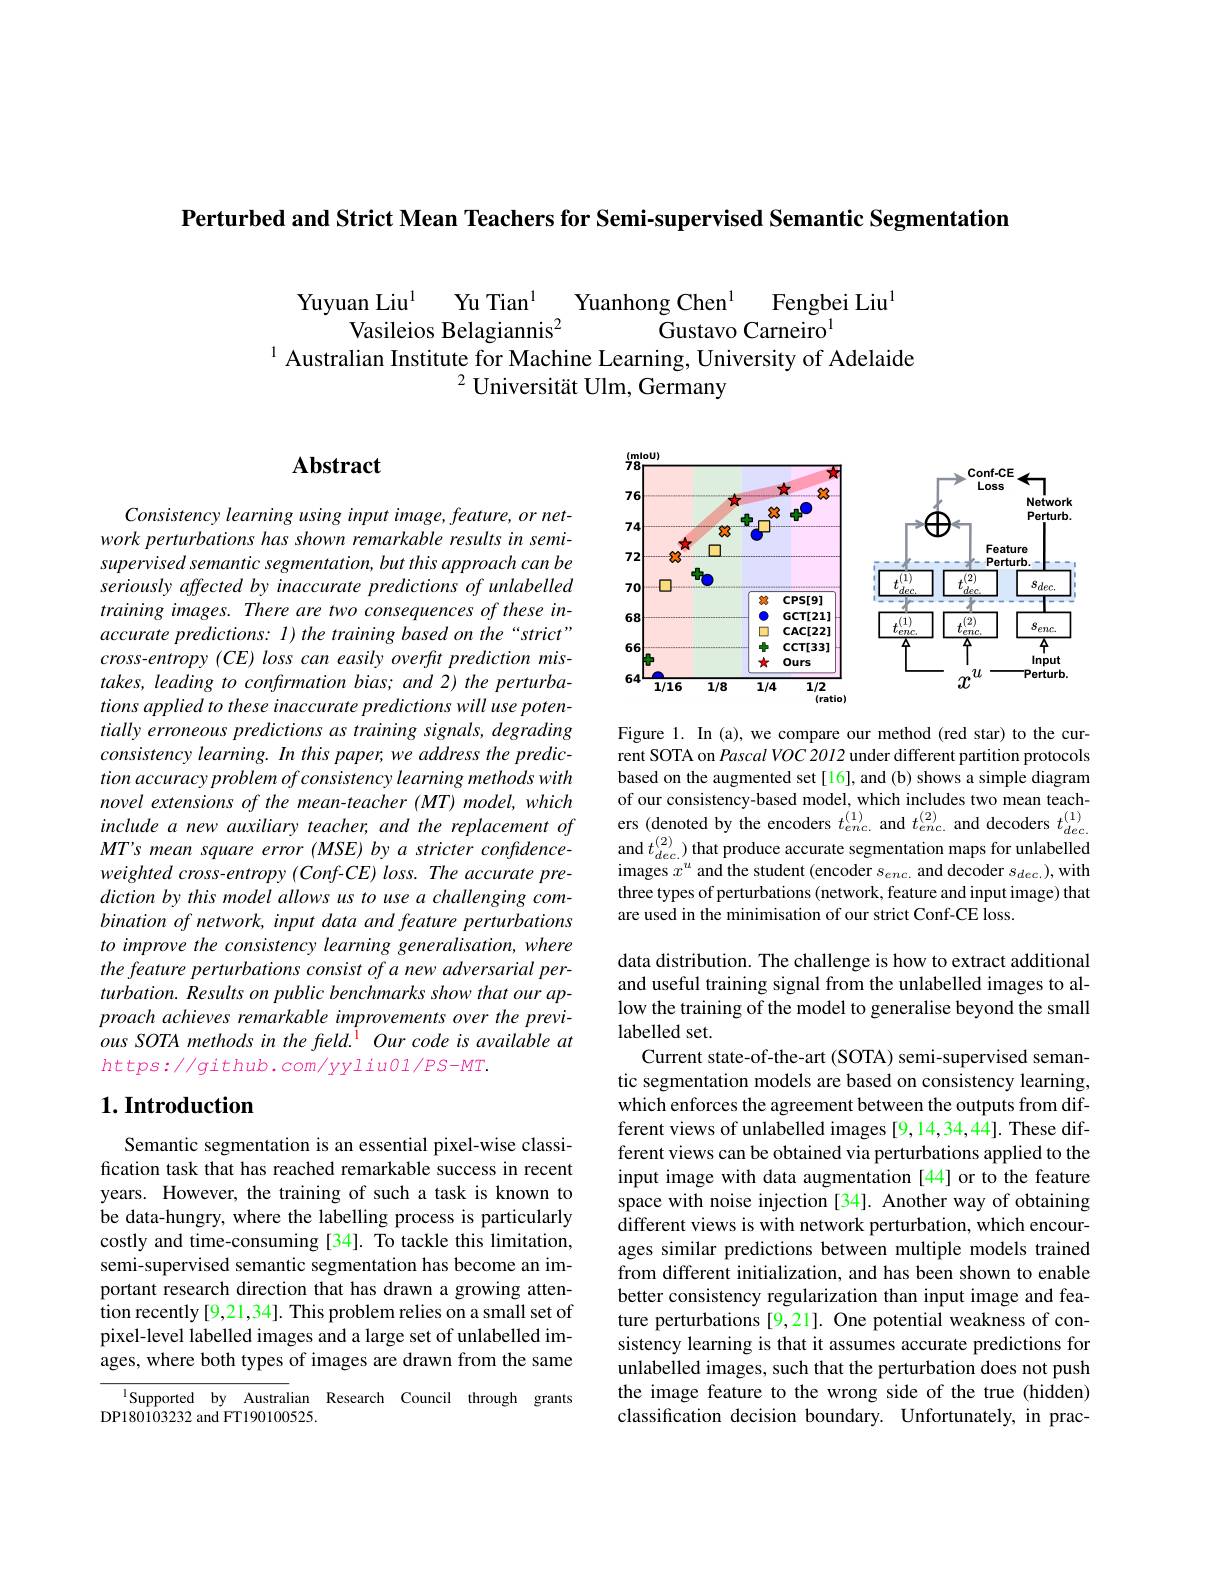
Perturbed and Strict Mean Teachers for Semi-supervised Semantic Segmentation

$\begin{array}{cc}\text{Yuyuan Liu}^{1}&\text{Yu Tian}^{1}&\text{Yuanhong Chen}^{1}&\text{Fengbei Liu}^{1}\\\text{Vasileios Belagiannis}^{2}&\text{Gustavo Carneiro}^{1}\end{array}$
$^{1}$ Australian Institute for Machine Learning, University of Adelaide
$^{2}$ Universität Ulm, Germany

## $\mathbf{Abstract}$

Consistency learning using input image, feature, or network perturbations has shown remarkable results in semisupervised semantic segmentation, but this approach can be seriously affected by inaccurate predictions of unlabelled training images. There are two consequences of these inaccurate predictions: I) the training based on the“strict” $cross- entropy( CE) \textit{loss can easily overfit prediction mis- }$ takes, leading to confrmation bias; and 2) the perturbations applied to these inaccurate predictions will use potentially erroneous predictions as training signals, degrading consistency learning. In this paper, we address the prediction accuracy problem of consistency learning methods with novel extensions of the mean-teacher (MT) model, which include a new auxiliary teacher, and the replacement of MT's mean square error (MSE) by a stricter confidenceweighted cross-entropy (Conf-CE) loss. The accurate prediction by this model allows us to use a challenging combination of network, input data and feature perturbations to improve the consistency learning generalisation, where the feature perturbations consist of a new adversarial perturbation. Results on public benchmarks show that our approach achieves remarkable improvements over the previousSOTA methods in the freld.$^\mathrm{i}$ Our code is available at $https://github.com/yyliu01/PS-MT.$

## $1. \textbf{Introduction}$

Semantic segmentation is an essential pixel-wise classification task that has reached remarkable success in recent years. However, the training of such a task is known to be data-hungry, where the labelling process is particularly costly and time-consuming [34]. To tackle this limitation, semi-supervised semantic segmentation has become an important research direction that has drawn a growing attention recently[9,21,34]. This problem relies on a small set of pixel-level labelled images and a large set of unlabelled images, where both types of images are drawn from the same

$^{\mathrm{l}}$Supported by Australian Research Council through grants
DP180103232 and FT190100525.

<FigureHere>

Figure 1. In (a), we compare our method (red star) to the current SOTA on Pascal VOC 2012 under different partition protocols based on the augmented set [16], and (b) shows a simple diagram of our consistency-based model, which includes two mean teachers (denoted by the encoders $t_{enc.}^{(1)}$ and $t_{enc.}^{(2)}$ and decoders $t_{dec.}^{(1)}$ and $t_{dec.}^{(2)})$ that produce accurate segmentation maps for unlabelled images $x^u$ and the student (encoder $s_enc.$ and decoder $s_dec.)$,with three types of perturbations (network, feature and input image) that are used in the minimisation of our strict Conf-CE loss.

data distribution. The challenge is how to extract additional and useful training signal from the unlabelled images to allow the training of the model to generalise beyond the small labelled set.
Current state-of-the-art (SOTA) semi-supervised semantic segmentation models are based on consistency learning, which enforces the agreement between the outputs from different views of unlabelled images [9,14,34,44]. These different views can be obtained via perturbations applied to the input image with data augmentation [44] or to the feature space with noise injection [34]. Another way of obtaining different views is with network perturbation, which encourages similar predictions between multiple models trained from different initialization, and has been shown to enable better consistency regularization than input image and feature perturbations [9,21]. One potential weakness of consistency learning is that it assumes accurate predictions for unlabelled images, such that the perturbation does not push the image feature to the wrong side of the true (hidden) classification decision boundary. Unfortunately, in prac-